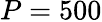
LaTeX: P=500